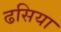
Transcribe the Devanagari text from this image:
ढसिया